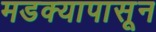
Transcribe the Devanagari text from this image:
मडक्यापासून